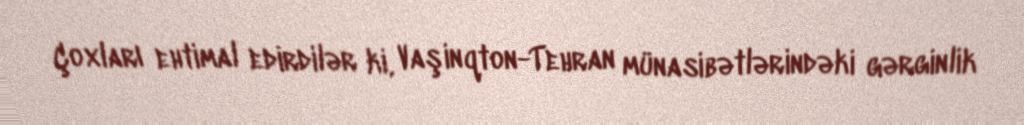
Çoxları ehtimal edirdilər ki, Vaşinqton-Tehran münasibətlərindəki gərginlik